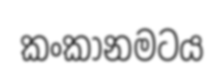
කංකානමටය